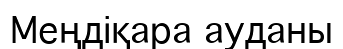
Меңдіқара ауданы